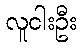
လူငါးဦး